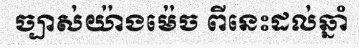
ច្បាស់យ៉ាងម៉េច ពីនេះដល់ឆ្នាំ